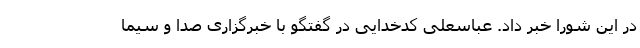
در این شورا خبر داد. عباسعلی کدخدایی در گفتگو با خبرگزاری صدا و سیما